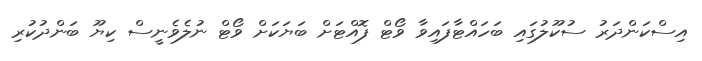
އިސްކަންދަރު ސުކޫލުގައި ބަހައްޓާފައިވާ ވޯޓް ފޮއްޓަށް ބަޔަކަށް ވޯޓް ނުލެވެނީސް ކިޔޫ ބަންދުކުރި